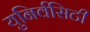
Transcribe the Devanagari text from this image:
युनिर्वसिटी